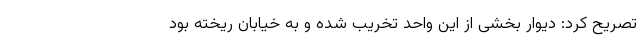
تصریح کرد: دیوار بخشی از این واحد تخریب شده و به خیابان ریخته بود